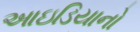
આઇડિયાનો